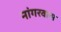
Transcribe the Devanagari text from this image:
नांगरवास